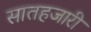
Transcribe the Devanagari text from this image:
सातहजारी